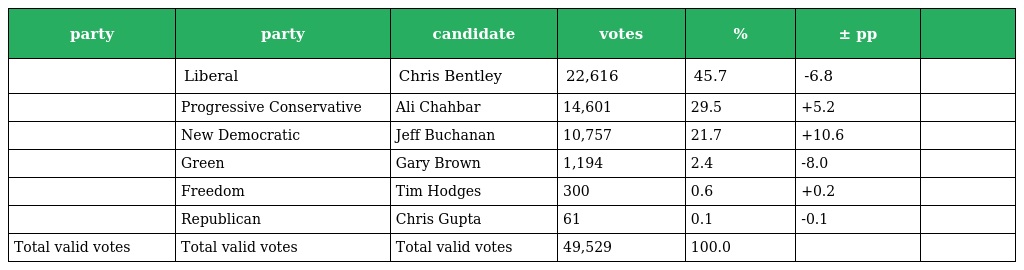
| party | party | candidate | votes | % | ± pp |  |
 | --- | --- | --- | --- | --- | --- | --- |
 |  | Liberal | Chris Bentley | 22,616 | 45.7 | -6.8 |  |
 |  | Progressive Conservative | Ali Chahbar | 14,601 | 29.5 | +5.2 |  |
 |  | New Democratic | Jeff Buchanan | 10,757 | 21.7 | +10.6 |  |
 |  | Green | Gary Brown | 1,194 | 2.4 | -8.0 |  |
 |  | Freedom | Tim Hodges | 300 | 0.6 | +0.2 |  |
 |  | Republican | Chris Gupta | 61 | 0.1 | -0.1 |  |
 | Total valid votes | Total valid votes | Total valid votes | 49,529 | 100.0 |  |  |